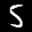
Digit: 5